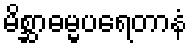
မိစ္ဆာဓမ္မပရေတာနံ